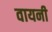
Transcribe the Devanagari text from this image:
वायनी